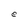
Character: e